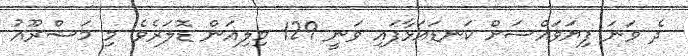
ދެ ވަނަ ފިޔަވައްސަށް ކަނޑައަޅާފައި ވަނީ 129 މިލިއަން ޑޮލަރެވެ. މި މަޝްރޫއު